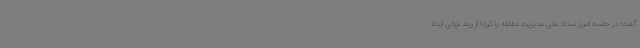
گفت: در جلسه امروز ستاد ملی مدیریت مقابله با کرونا از روند نزولی ابتلا